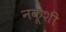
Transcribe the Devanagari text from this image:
नक़ूशी